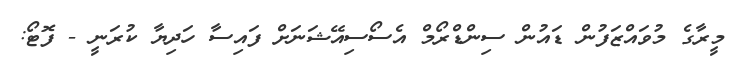
މީރާގެ މުވައްޒަފުން ޑައުން ސިންޑްރޯމް އެސޯސިއޭޝަނަށް ފައިސާ ހަދިޔާ ކުރަނީ - ފޮޓޯ: